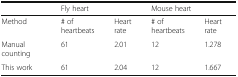
<table><thead><tr><td></td><td colspan="2"><b>Fly heart</b></td><td colspan="2"><b>Mouse heart</b></td></tr></thead><tbody><tr><td>Method</td><td># of heartbeats</td><td>Heart rate</td><td># of heartbeats</td><td>Heart rate</td></tr><tr><td>Manual counting</td><td>61</td><td>2.01</td><td>12</td><td>1.278</td></tr><tr><td>This work</td><td>61</td><td>2.04</td><td>12</td><td>1.667</td></tr></tbody></table>